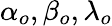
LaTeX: \alpha_{o},\beta_{o},\lambda_{o}